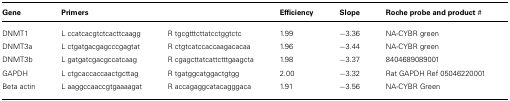
| Gene | Primers |  | Efficiency | Slope | Roche probe and product # |
 | --- | --- | --- | --- | --- | --- |
 | DNMT1 | L ccatcacgtctcacttcaagg | R tgcgtttcttatcctggtctc | 1.99 | -3.36 | NA-CYBR green |
 | DNMT3a | L ctgatgacgagcccgagtat | R ctgtcatccaccaagacacaa | 1.96 | -3.44 | NA-CYBR green |
 | DNMT3b | L gatgatcgacgccatcaag | R cgagcttatcattctttgaagcta | 1.98 | -3.37 | 8404689089001 |
 | GAPDH | L ctgcaccaccaactgcttag | R tgatggcatggactgtgg | 2.00 | -3.32 | Rat GAPDH Ref 05046220001 |
 | Beta actin | L aaggccaaccgtgaaaagat | R accagaggcatacagggaca | 1.91 | -3.56 | NA-CYBR Green |